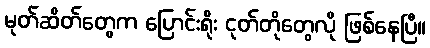
မုတ်ဆိတ်တွေက ပြောင်းရိုး ငုတ်တိုတွေလို ဖြစ်နေပြီ။